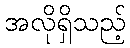
အလိုရှိသည့်